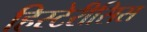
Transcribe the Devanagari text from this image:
हिस्टेरीसिस